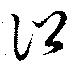
訟